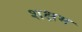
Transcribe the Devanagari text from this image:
शक्षम